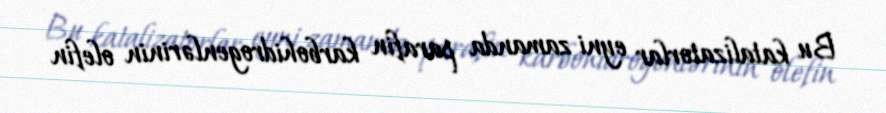
Bu katalizatorlar eyni zamanda parafin karbohidrogenlərinin olefin